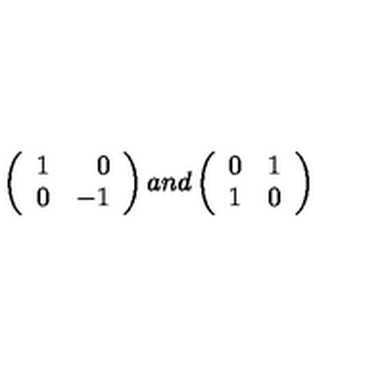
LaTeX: \left( \begin{array} { l r } { 1 } & { 0 } \\ { 0 } & { - 1 } \\ \end{array} \right) a n d \left( \begin{array} { l r } { 0 } & { 1 } \\ { 1 } & { 0 } \\ \end{array} \right)